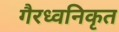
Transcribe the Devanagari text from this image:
गैरध्वनिकृत